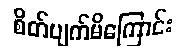
စိတ်ပျက်မိကြောင်း